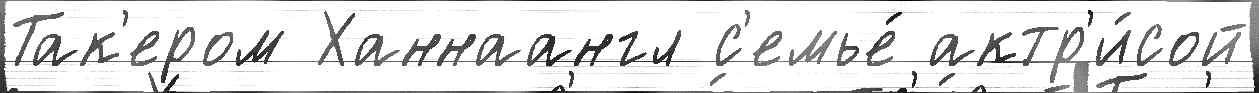
Так'ером Ханнаангл с'емье́ актр'и́сой